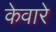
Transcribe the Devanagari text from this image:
केवारे